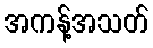
အကန့်အသတ်